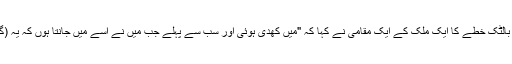
گورودناٹسکا، لٹویا، شمالی یورپ کے بالٹک خطے کا ایک ملک کے ایک مقامی نے کہا کہ "میں کھدی ہوئی اور سب سے پہلے جب میں نے اسے میں جانتا ہوں کہ یہ (گانا) گائیں گے، میرے ہاتھ میں رکھ" ۔